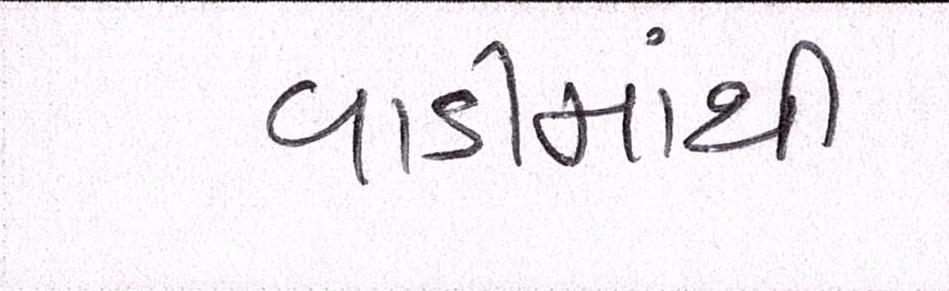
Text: વાડીમાંથી